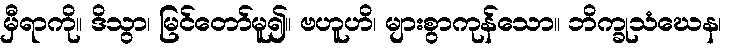
မှီရာကို။ ဒိသွာ၊ မြင်တော်မူ၍။ ဗဟူဟိ၊ များစွာကုန်သော။ ဘိက္ခုသံဃေန၊